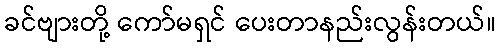
ခင်ဗျားတို့ ကော်မရှင် ပေးတာနည်းလွန်းတယ်။